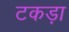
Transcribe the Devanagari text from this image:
टकड़ा